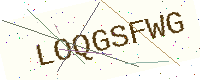
Text: LOQGSFWG